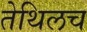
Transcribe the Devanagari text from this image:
तेथिलच